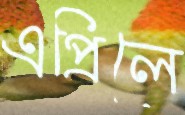
এপ্রিলে